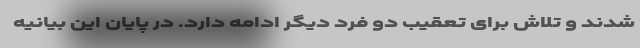
شدند و تلاش برای تعقیب دو فرد دیگر ادامه دارد. در پایان این بیانیه